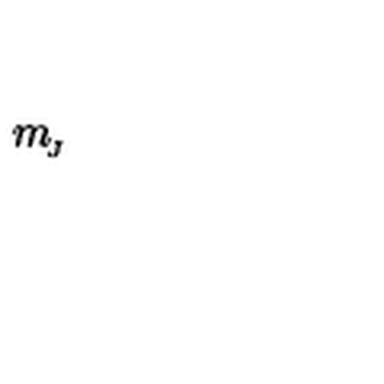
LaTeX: m _ { \! _ { J } }